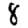
Digit: 8